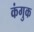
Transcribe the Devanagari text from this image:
कंगुक